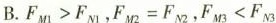
B.$$F _ { M 1 } > F _ { N 1 }$$，$$F _ { M 2 } = F _ { N 2 }$$，$$F _ { M 3 } < F _ { N 3 }$$